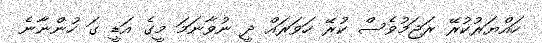
ހައްޔަރުކުރޭ ރަޖަމުވެސް ކުރޭ ހަވަރައް ދީ ނުވާނަމަ މީގެ އަޑީ ގަ ހުންނާނެ